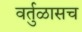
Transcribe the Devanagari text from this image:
वर्तुळासच